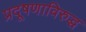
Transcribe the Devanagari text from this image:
प्रदूषणाविरुद्ध